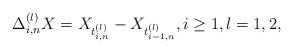
LaTeX: \begin{align*}\Delta_{i,n}^{(l)} X= X_{t_{i,n}^{(l)}}-X_{t_{i-1,n}^{(l)}}, i \geq 1, l=1,2,\end{align*}